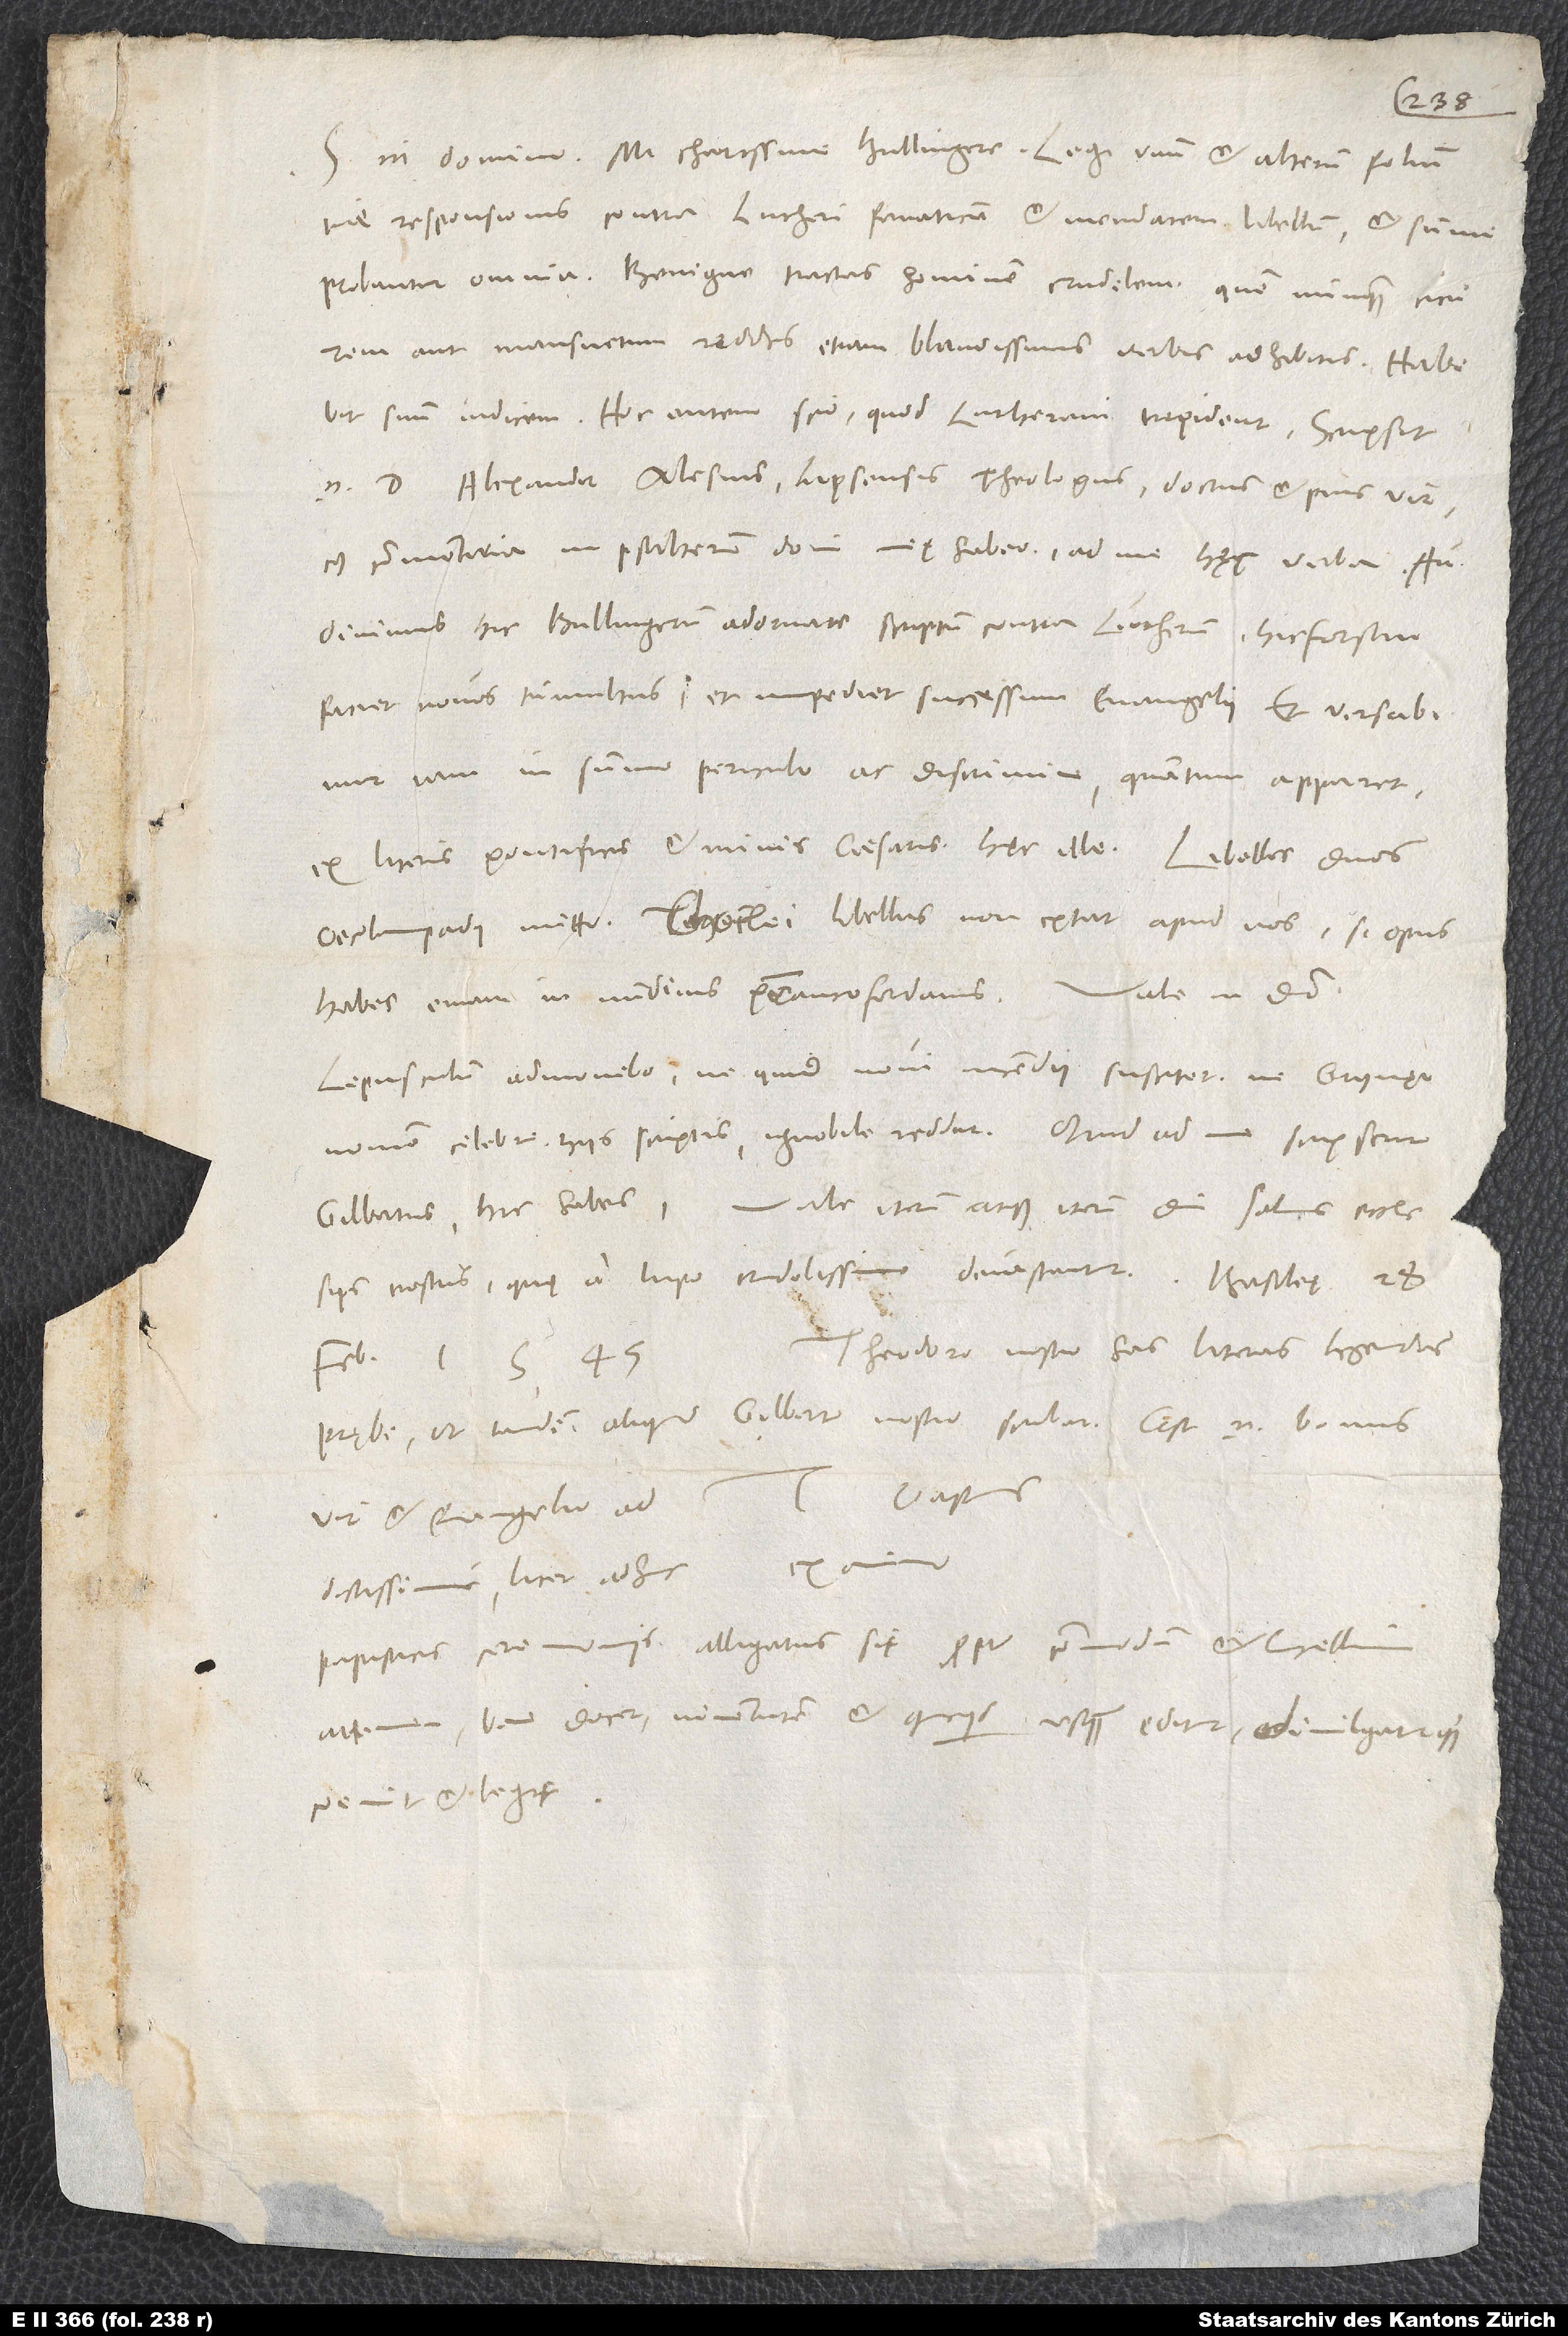
tuae responsionis contra Lutheri fanaticum et mendacem libellum, et summe
probantur omnia. Benigne tractas hominem crudelem, quem nunquam cicurem
aut mansuetum reddes etiam blandissimis verbis adhibitis. Habebit
suum iudicem. Hoc autem scio, quod Lutherani trepident. Scripsit
enim d. Alexander Alesius, Lipsensis theologus, doctus et pius vir,
cuius commentaria in Psalterum domi meę habeo, ad me hęc verba:
„Audivimus hic Bullingerum adornare scriptum contra Lutherum; hic forsan
faciet novos tumultus et impediet successum evangelii. Et versabimur
iam in summo periculo ac discrimine, quantum apparet
ex literis pontificis et minis caesaris.“ Hęc ille.
Oecolampadii mitto. Choclei libellus non extat apud nos. Si opus
Lepusculum admonebo, ne quid novi incendii suscitet, ne Grynęi
nomen celebre hiis scriptis ignobile reddat. Quid ad me scripserit
nostris, quę a lupo crudelissimo devastantur.
Theodoro nostro has literas legendas
februarii 1545.
prębe, ut tandem aliquid Gilberto nostro scribat. Est enim bonus
vir et evangelio
papisticis ceremoniis alligatus sit propter commodum et lucellum;
attamen bene docet iuventutem, et quicquid usquam editur divulgaturque,
coemit et legit.